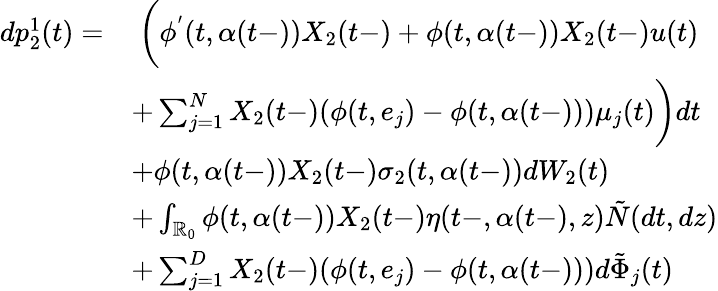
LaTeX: \begin{array}{rl}{dp_{2}^{1}(t)=}&{\ \biggl(\phi^{'}(t,\alpha(t-))X_{2}(t-)+\phi(t,\alpha(t-))X_{2}(t-)u(t)}\\ &{+\sum_{j=1}^{N}X_{2}(t-)(\phi(t,e_{j})-\phi(t,\alpha(t-)))\mu_{j}(t)\biggr)dt}\\ &{+\phi(t,\alpha(t-))X_{2}(t-)\sigma_{2}(t,\alpha(t-))dW_{2}(t)}\\ &{+\int_{\mathbb{R}_{0}}\phi(t,\alpha(t-))X_{2}(t-)\eta(t-,\alpha(t-),z)\tilde{N}(dt,dz)}\\ &{+\sum_{j=1}^{D}X_{2}(t-)(\phi(t,e_{j})-\phi(t,\alpha(t-)))d\tilde{\Phi}_{j}(t)}\end{array}